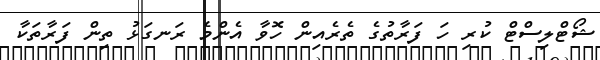
ޝޯޓްލިސްޓް ކުރި ހަ ފަރާތުގެ ތެރެއިން ހޮވާ އެންމެ ރަނގަޅު ތިން ފަރާތަކާ